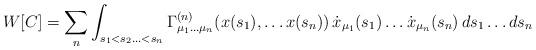
LaTeX: \begin{align*}W[C]=\sum _{n}\int _{s_{1}<s_{2}\ldots <s_{n}}\Gamma ^{(n)}_{\mu _{1}\ldots \mu _{n}}(x(s_{1}),\ldots x(s_{n}))\, \dot{x}_{\mu _{1}}(s_{1})\ldots \dot{x}_{\mu _{n}}(s_{n})\, ds_{1}\ldots ds_{n}\end{align*}